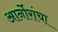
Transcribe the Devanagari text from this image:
आर्नोरांचा